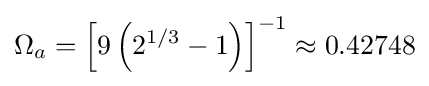
\Omega _{a}=\left[9\left(2^{1/3}-1\right)\right]^{-1}\approx 0.42748